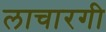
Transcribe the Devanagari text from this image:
लाचारगी